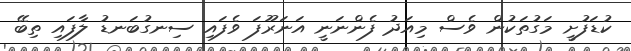
ކުޑަފުށީ މަގުތަކުން ވެސް މިއަދު ފެންނަނީ އަނަރޫފަ ވެފައި ސިނގުބަނޑު ލާފައި ތިބޭ